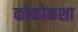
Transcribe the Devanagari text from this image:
कोकोकशा